Eesti_Vabariigi_Tartu_Ulikool, lk 111
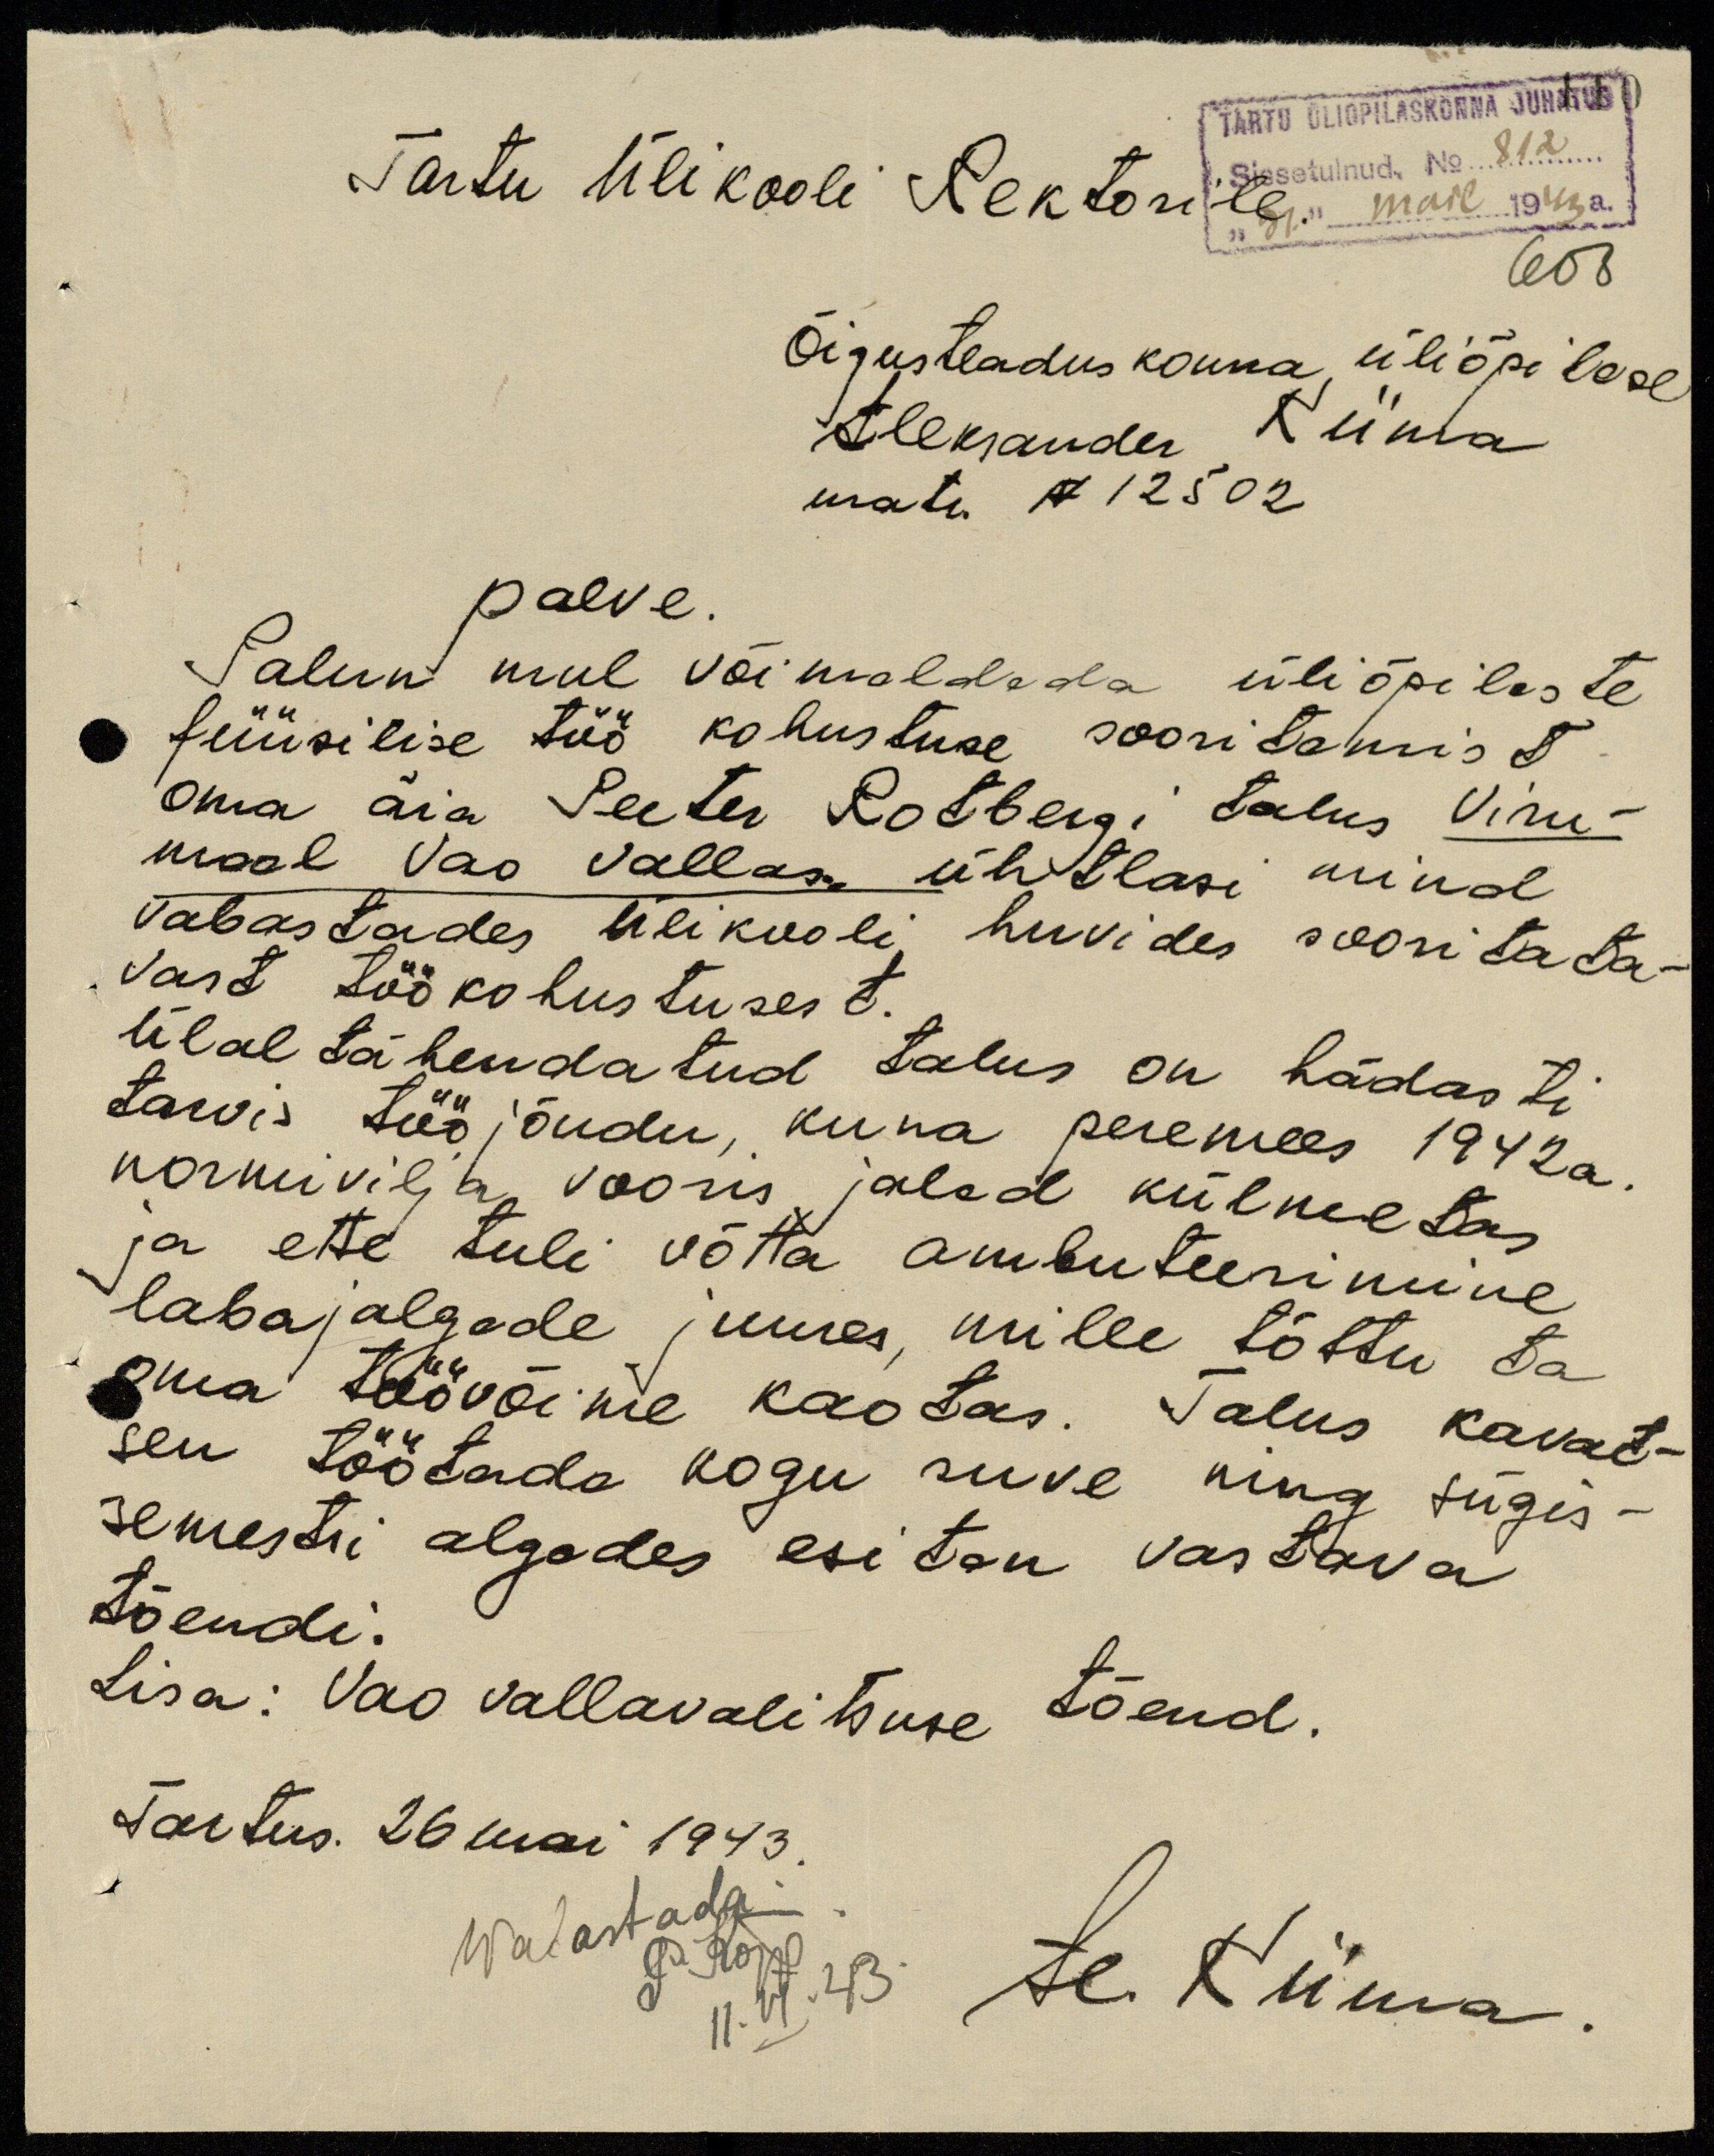
TARTU ÜLIÕPILASKONNA JUHATUS
Sissetulnud. No 812
"31." mail 1943 a.
608
Tartu Ülikooli Rektorile
Õigusteaduskonna üliõpilase
Aleksander Kiima
matr. N 12502
palve.
Palun mul võimaldada üliõpilaste
füüsilise töö kohustuse sooritamist
oma äia Peeter Rotbergi talus Viru-
maal Vao vallas. ühtlasi mind
vabastades Ülikooli huvides sooritata-
vast töökohustusest
Ülal tähendatud talus on hädasti
tarvis töö jõudu, kuna peremees 1942a.
normivilja vooris jalad külmetas
ja ette tuli võtta ambuteerimine
labajalgade juures, mille tõttu ta
oma töövõime kaotas. Talus kavat-
sen töötada kogu suve ning sügis-
semestri algades esitan vastava
tõendi.
Lisa: Vao vallavalitsuse tõend.
Tartus. 26 mai 1943.
Wabastada
P. Kõpp.
11. VI. 43.
Al. Kiima.